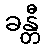
ခန္တီ